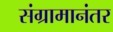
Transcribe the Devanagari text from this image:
संग्रामानंतर